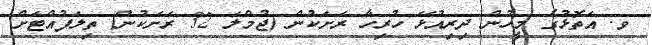
ވ. އަތޮޅުގެ މީހުން ދިރިއުޅޭ ހުރިހާ ރަށަކުން (ޖުމްލަ 32 ރަށަކުން) ތިލަފުއްޓަށް